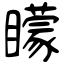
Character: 矇